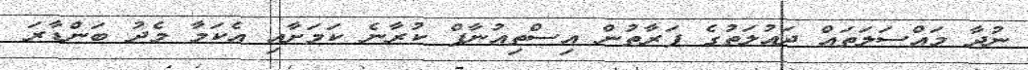
ނުދާ މައްސަލަތައް ދައުލަތުގެ ފަރާތުން އިސްތިއުނާފް ކުރާނެ ކަމަށާއި އެކަމާ މެދު ބަންޑާރަ